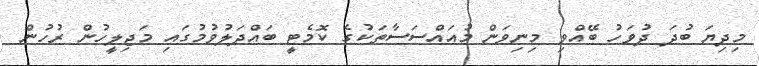
މިދިޔަ ބުދަ ދުވަހު ބޭއްވި މިނިވަން މުއައްސަސާތަކުގެ ކޮމެޓީ ބައްދަލުވުމުގައި މަޖިލީހުން ރުހުން